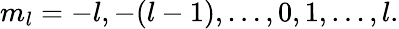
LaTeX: m_{l}=-l,-(l-1),\ldots,0,1,\ldots,l.